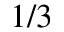
1 / 3